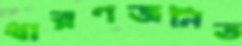
ধারণজনিত